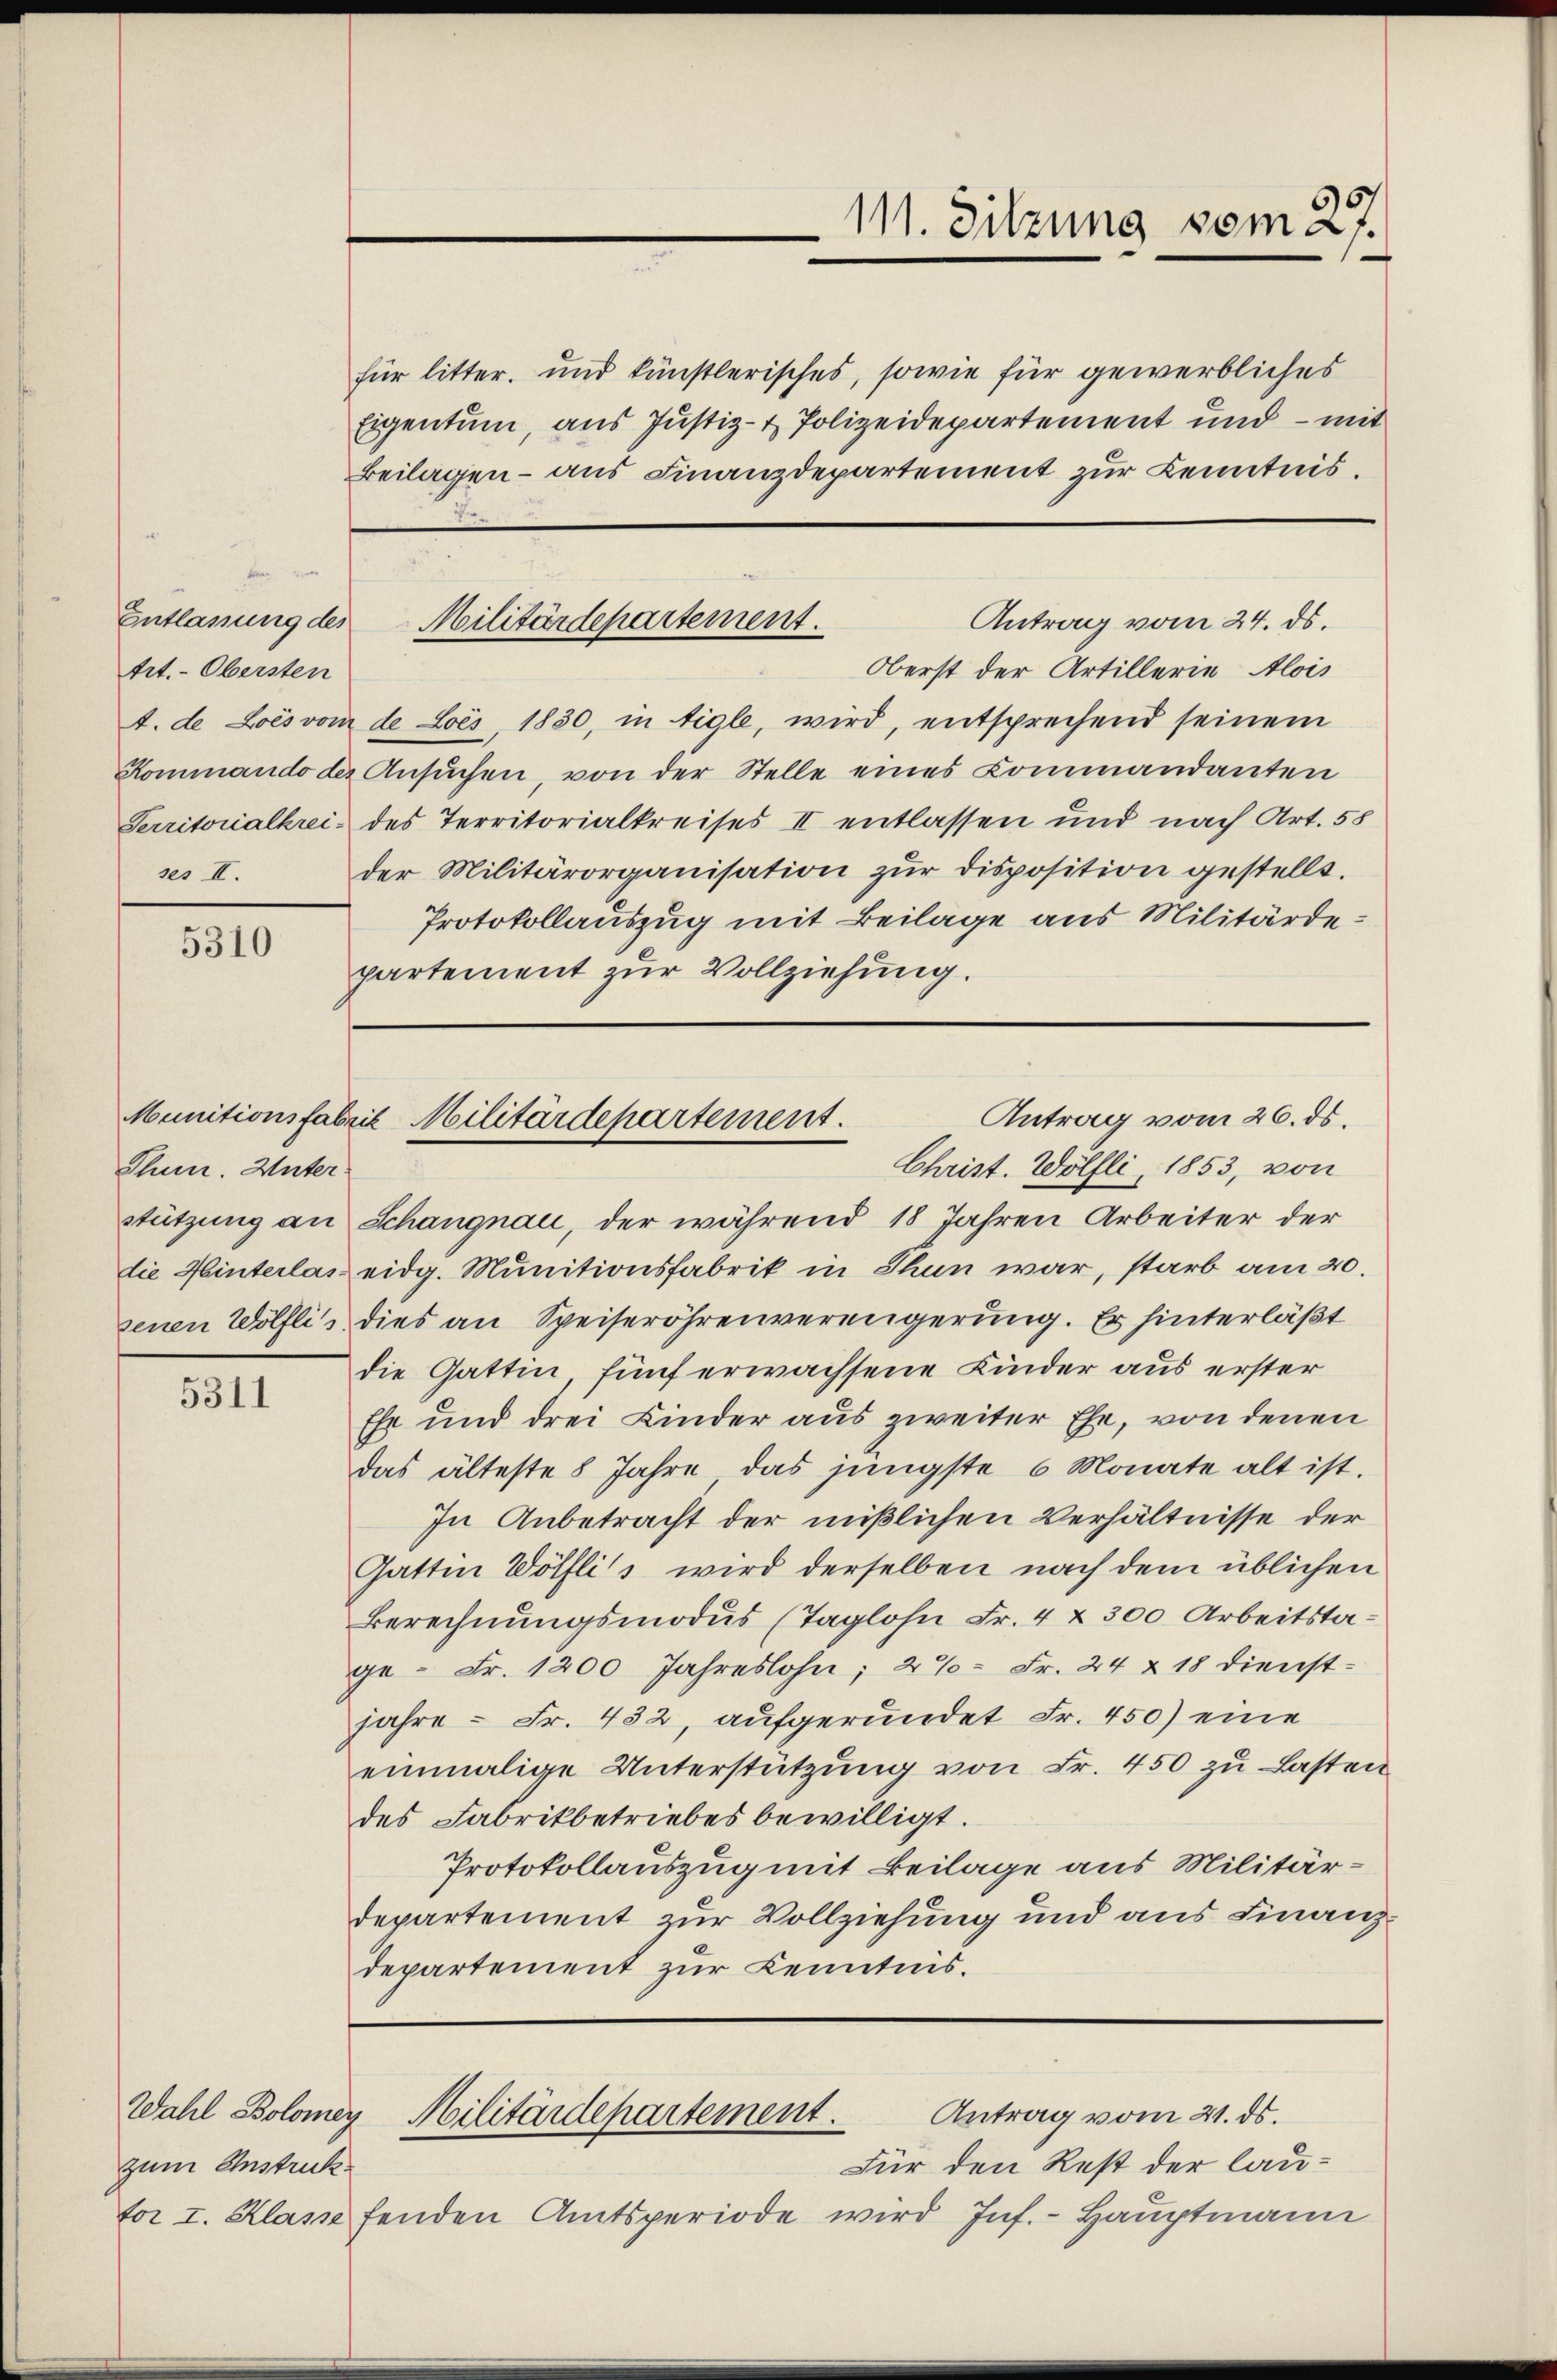
Entlassung des
trt. Obersten
ses II.

5310

Chun. Unter
die Hinterlas.

5311

Wahl Bolomer
zum Anstruck.

für litter, und künstlerisches, sowie für gewerbliches
Eigentum, aus Justiz- & Polizeidepartement und – mit
Beilagen - aus Finanzdepartement zur Kenntnis.

111. Sitzung vom 27.

Antrag vom 24. ds.
Militärdepartement.

Antrag vom 26. ds.
Munitionsfabrik Militärdepartement.
Christ. Wölfli, 1853, von

Antrag vom 21. ds.
Militärdepartement.

Oberst der Artillerie Alois
4. de Lois vom de Lois, 1830, in tigle, wird, entsprechend seinem
Kommando der Ansŭchen, von der Stelle eines Kommandanten
Serritorialkreis des Territorialkreises II entlassen und nach Art. 58
der Militärorganisation zŭr disposition gestellt.
Protokollauszug mit Beilage aus Militärde:
partement zur Vollziehung.

Stützung an Schangnau, der während 18 Jahren Arbeiter der
eidg. Munitionsfabrik in Thun war, starb am 20.
senen Wölfli, dies an Speiseröhrenvereigerung. Er hinterläßt
die Gattin, fünf erwachsene Kinder aus erster
Ehr und drei Kinder aus zweiter Ehe, von denen
das älteste 8 Jahre, das jüngste 6 Monate alt ist.
In Anbetracht der mißlichen Verhältnisse der
Gattin Wölfli's wird derselben nach dem üblichen
Berechnungsmodus (Taglohn Fr. 4 & 300 Arbeitstage - Fr. 1200 Jahreslohn; 2% = Fr. 24 & 18 Dienstjahre - Fr. 432, aufgerundet Fr. 450) eine
einmalige Unterstützung von Fr. 450 zu Lasten
des Fabrikbetriebes bewilligt.
Protokollauszug mit Beilage aus Militärdepartement zur Vollziehung und aus Finanzdepartement zur Kenntnis.

Für den Rest der laufor I. Klasse fenden Amtsperiode wird Inf.- Hauptmann